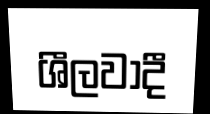
ශීලවාදී